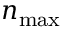
n _ { \mathrm { m a x } }